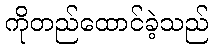
ကိုတည်ထောင်ခဲ့သည်